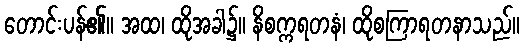
တောင်းပန်၏။ အထ၊ ထိုအခါ၌။ နိစက္ကရတနံ၊ ထိုစကြာရတနာသည်။